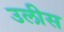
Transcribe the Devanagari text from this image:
उलीस